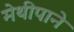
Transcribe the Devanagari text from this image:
मेथीपाने